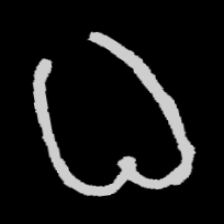
Pyu character \u2014 Myanmar letter: ဓ (romanized: dha)